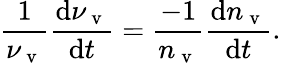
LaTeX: \frac{1}{\nu_{\mathrm{~v~}}}\frac{\mathrm{d}\nu_{\mathrm{~v~}}}{\mathrm{d}t}=\frac{-1}{n_{\mathrm{~v~}}}\frac{\mathrm{d}n_{\mathrm{~v~}}}{\mathrm{d}t}.